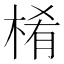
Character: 㮁